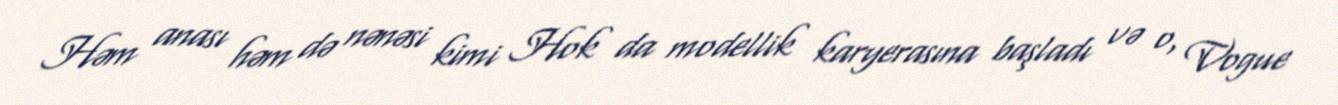
Həm anası həm də nənəsi kimi Hok da modellik karyerasına başladı və o, Vogue